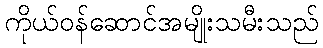
ကိုယ်ဝန်ဆောင်အမျိုးသမီးသည်